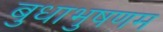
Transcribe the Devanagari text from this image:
बुधाभुषणम